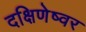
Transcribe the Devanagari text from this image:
दक्षिणेष्वर